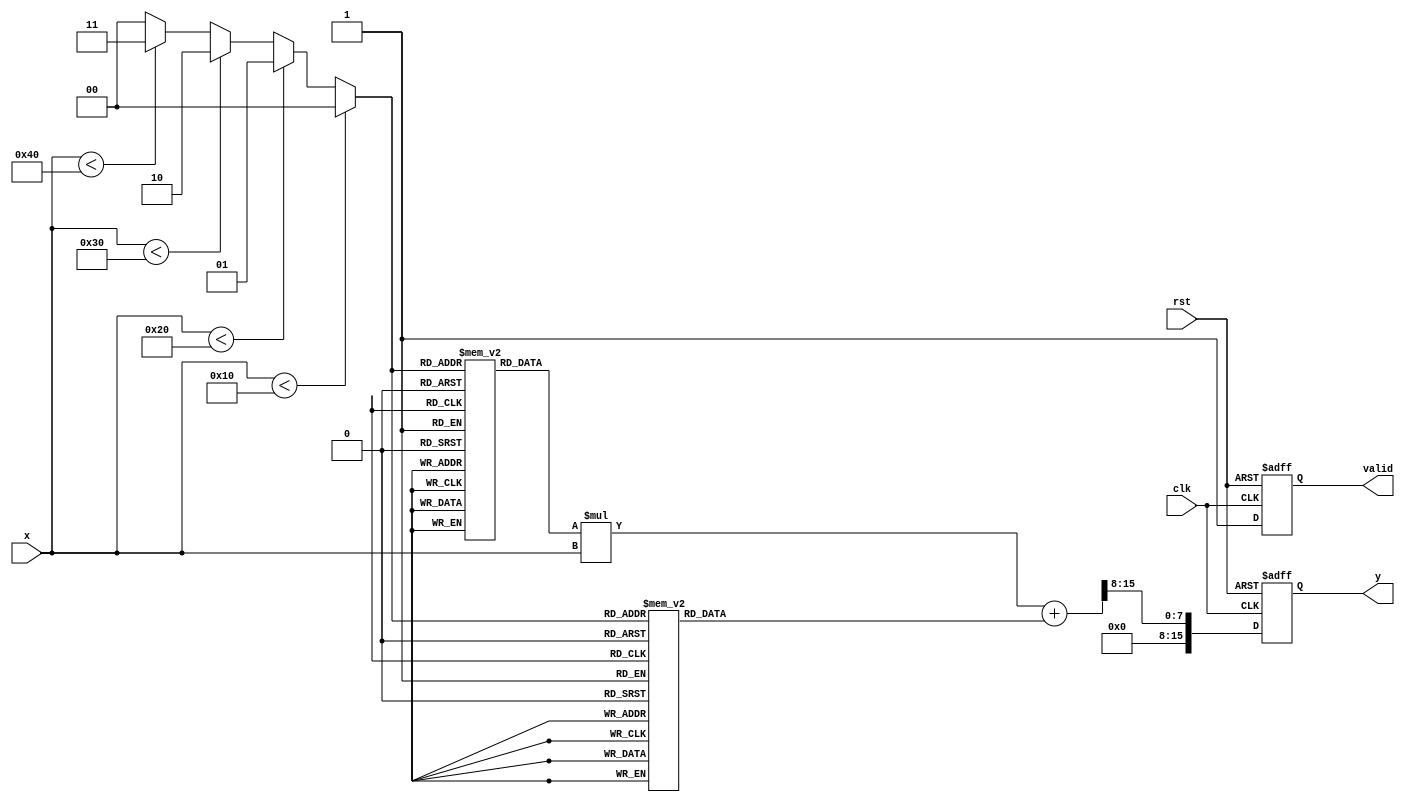
module PLA_Reciprocal (
    input wire [7:0] x,          // 8-bit input (positive non-zero value)
    input wire clk,              // Clock signal
    input wire rst,              // Reset signal
    output reg [15:0] y,         // 16-bit output (approximate reciprocal)
    output reg valid             // Output valid signal
);

// Define the number of segments
parameter NUM_SEGMENTS = 4;

// Lookup table for segments (m, b)
reg [15:0] lut_m[0:NUM_SEGMENTS-1]; // Slope values
reg [15:0] lut_b[0:NUM_SEGMENTS-1]; // Intercept values
reg [1:0] segment;                  // Current segment index

// Initialize the lookup table (example values, adjust as needed)
initial begin
    // Segment coefficients: (m, b)
    lut_m[0] = 16'h0FFF; // Example slope for segment 0
    lut_b[0] = 16'h0000; // Example intercept for segment 0

    lut_m[1] = 16'h0AAA; // Example slope for segment 1
    lut_b[1] = 16'h0001; // Example intercept for segment 1

    lut_m[2] = 16'h0666; // Example slope for segment 2
    lut_b[2] = 16'h0002; // Example intercept for segment 2

    lut_m[3] = 16'h0333; // Example slope for segment 3
    lut_b[3] = 16'h0003; // Example intercept for segment 3
end

// Segment selection logic based on input x
always @(*) begin
    if (x < 8'h10) begin
        segment = 2'b00; // Select segment 0
    end else if (x < 8'h20) begin
        segment = 2'b01; // Select segment 1
    end else if (x < 8'h30) begin
        segment = 2'b10; // Select segment 2
    end else if (x < 8'h40) begin
        segment = 2'b11; // Select segment 3
    end else begin
        segment = 2'b00; // Default to segment 0 for out of range
    end
end

// Calculate the approximate reciprocal in the always block
always @(posedge clk or posedge rst) begin
    if (rst) begin
        y <= 16'b0;
        valid <= 0;
    end else begin
        valid <= 1; // Set output valid
        // Calculate y = (m * x + b) >> N (for scaling)
        // Here we multiply m by x and then add b, then shift right as needed
        y <= (lut_m[segment] * x + lut_b[segment]) >> 8; // Adjust shift based on precision
    end
end

endmodule